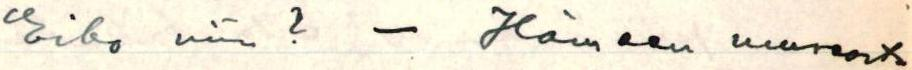
Eikö niin ? - Hämeen museosta